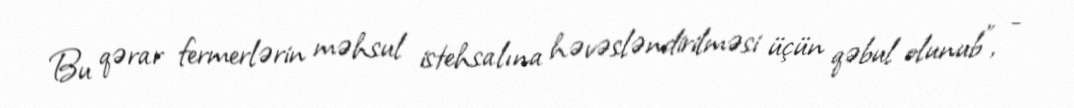
Bu qərar fermerlərin məhsul istehsalına həvəsləndirilməsi üçün qəbul olunub”, -